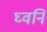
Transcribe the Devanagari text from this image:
घ्वनि